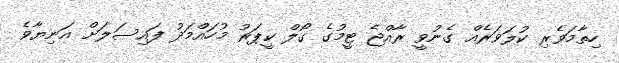
ހިތާމަވެރި ކުލަވަރެއް ގެނުވީ ރާއްޖެ ޓީމުގެ ގޯލް ކީޕަރު މުހައްމަދު ފައިސަލަށް އަނިޔާވެ